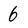
Character: 6